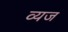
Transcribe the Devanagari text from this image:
व्यज